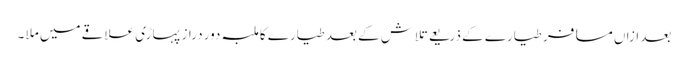
بعد ازاں مسافر طیارے کے ذریعے تلاش کے بعد طیارے کا ملبہ دور دراز پہاڑی علاقے میں ملا ۔